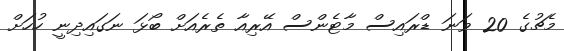
މެޗުގެ 20 ވަނަ ޑްރައިސް މާޓެންސް އޭރިއާ ތެރެއަށް ބޯޅަ ނަގައިދިނީ ހުހަށް